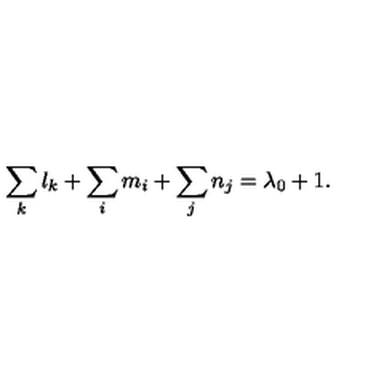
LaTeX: \sum _ { k } l _ { k } + \sum _ { i } m _ { i } + \sum _ { j } n _ { j } = \lambda _ { 0 } + 1 .